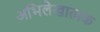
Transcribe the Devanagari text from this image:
अभिलेखात्मक